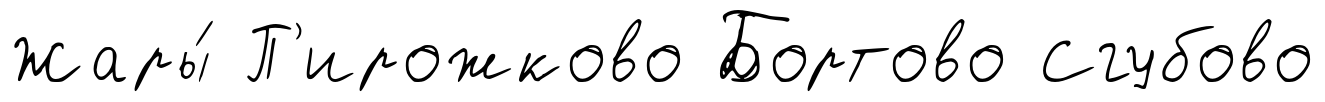
Жары́ П'ирожково Бортово Сгубово